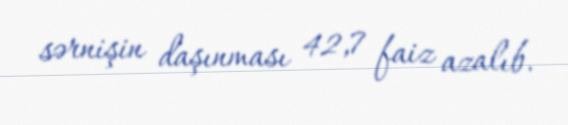
sərnişin daşınması 42,7 faiz azalıb.